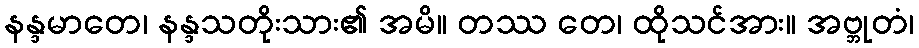
နန္ဒမာတေ၊ နန္ဒသတိုးသား၏ အမိ။ တဿ တေ၊ ထိုသင်အား။ အဗ္ဘုတံ၊